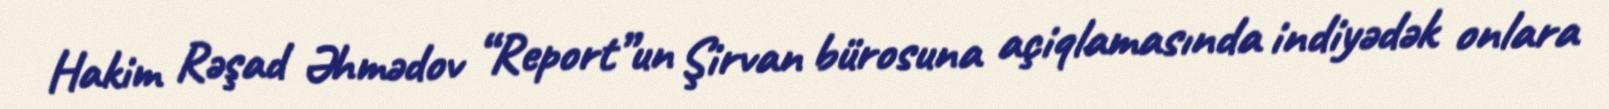
Hakim Rəşad Əhmədov “Report”un Şirvan bürosuna açiqlamasında indiyədək onlara